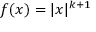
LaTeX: f ( x ) = | x | ^ { k + 1 }